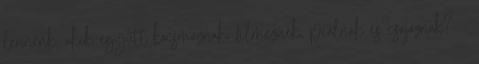
lennénk, akik együtt kocsmáznak, filmeznek, piálnak és csajoznak? -